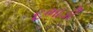
દભાડી